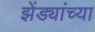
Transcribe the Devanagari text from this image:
झेंड्यांच्या